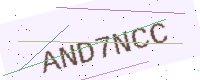
Text: AND7NCC